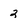
Character: 2